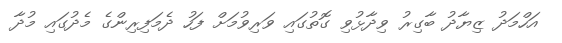
އަހްމަދު ޒިޔާދު ބާގިރު ވިދާޅުވި ގޮތުގައި ވަރިވުމަށް ފަހު ދެމަފިރިންގެ މެދުގައި މުދާ